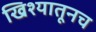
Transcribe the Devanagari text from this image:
खिश्यातूनच